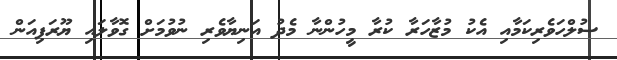
ސުލްހަވެރިކަމާއި އެކު މުޒާހަރާ ކުރާ މީހުންނާ މެދު އަނިޔާވެރި ނުވުމަށް ގޮވާލައި ޔޫރަޕިއަން